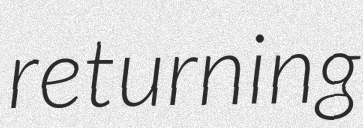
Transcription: returning